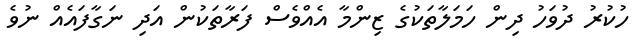
ހުކުރު ދުވަހު ދިން ހަމަލާތަކުގެ ޒިންމާ އެއްވެސް ފަރާތަކުން އަދި ނަގާފައެއް ނުވެ